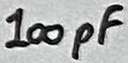
Text: 100pF